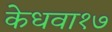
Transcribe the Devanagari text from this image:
केधवा१७